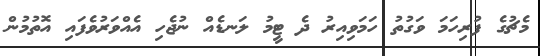
މެޗުގެ ފުރިހަމަ ވަގުތު ހަަމަވިއިރު ދެ ޓީމު ލަނޑެއް ނުޖެހި އެއްވަރުވެފައި އޮތުމުން